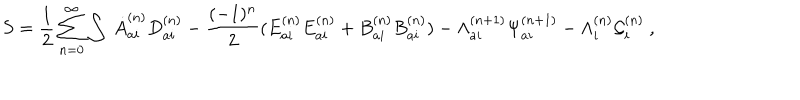
S = \frac { 1 } { 2 } \sum _ { n = 0 } ^ { \infty } \int \ \dot { A } _ { a i } ^ { ( n ) } D _ { a i } ^ { ( n ) } - \frac { ( - 1 ) ^ { n } } { 2 } ( E _ { a i } ^ { ( n ) } E _ { a i } ^ { ( n ) } + B _ { a i } ^ { ( n ) } B _ { a i } ^ { ( n ) } ) - { \Lambda } _ { a i } ^ { ( n + 1 ) } { \Psi } _ { a i } ^ { ( n + 1 ) } - { \Lambda } _ { i } ^ { ( n ) } { \cal G } _ { i } ^ { ( n ) } \ ,